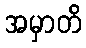
အမှာတိ